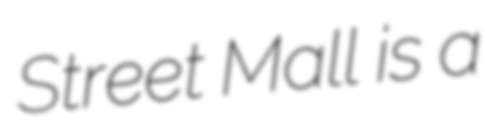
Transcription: Street Mall is a